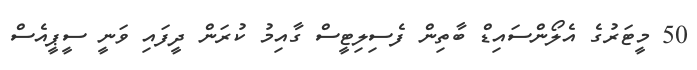
50 މީޓަރުގެ އެލޯންސައިޑް ބާތިން ފެސިލިޓީސް ގާއިމު ކުރަން ދީފައި ވަނީ ސީޕީއެސް